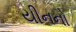
યીનનો